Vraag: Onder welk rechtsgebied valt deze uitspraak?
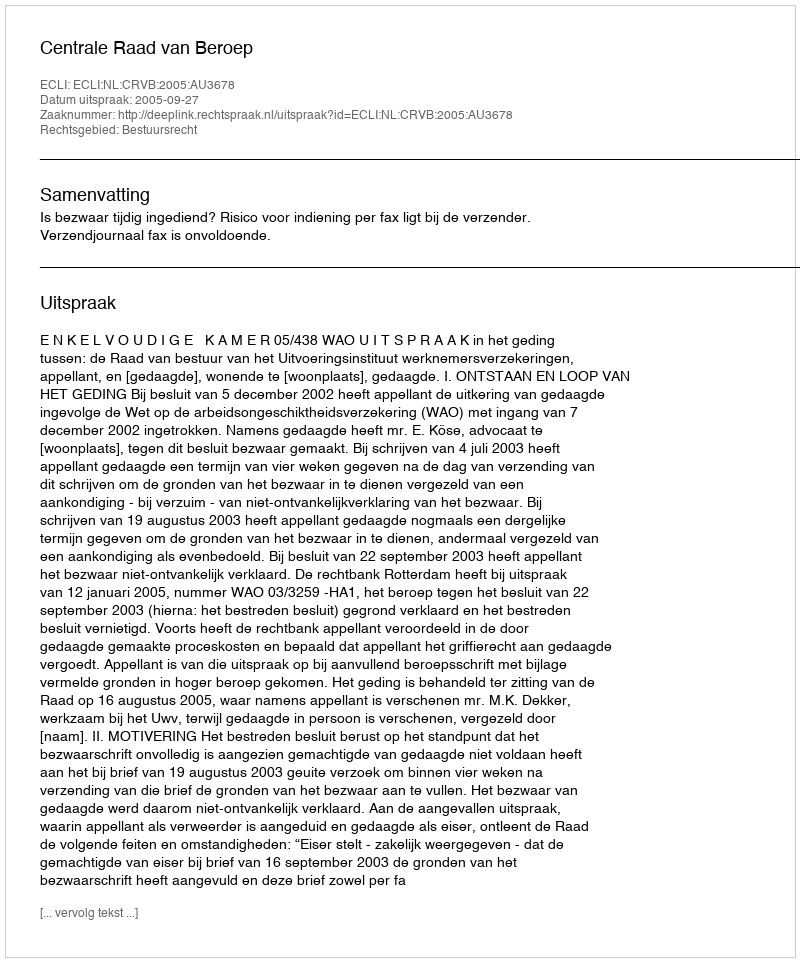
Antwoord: Bestuursrecht